画像に写った文字を読んでください
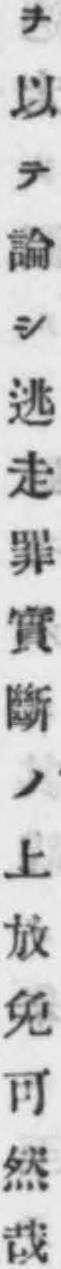
「ヲ以テ論シ逃走罪實斷ノ上放免可然哉」と書いてあります